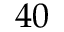
4 0